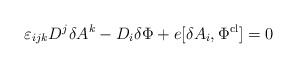
\begin{align*}\varepsilon_{ijk}D^{j}\delta A^{k} - D_{i}\delta\Phi + e [\delta A_{i}, \Phi^{{\rm cl}}] = 0 \end{align*}